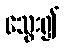
သွေး၍